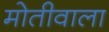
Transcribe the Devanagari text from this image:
मोतीवाला